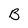
Character: B